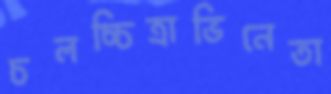
চলচ্চিত্রাভিনেতা